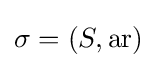
\sigma =(S,\operatorname {ar} )